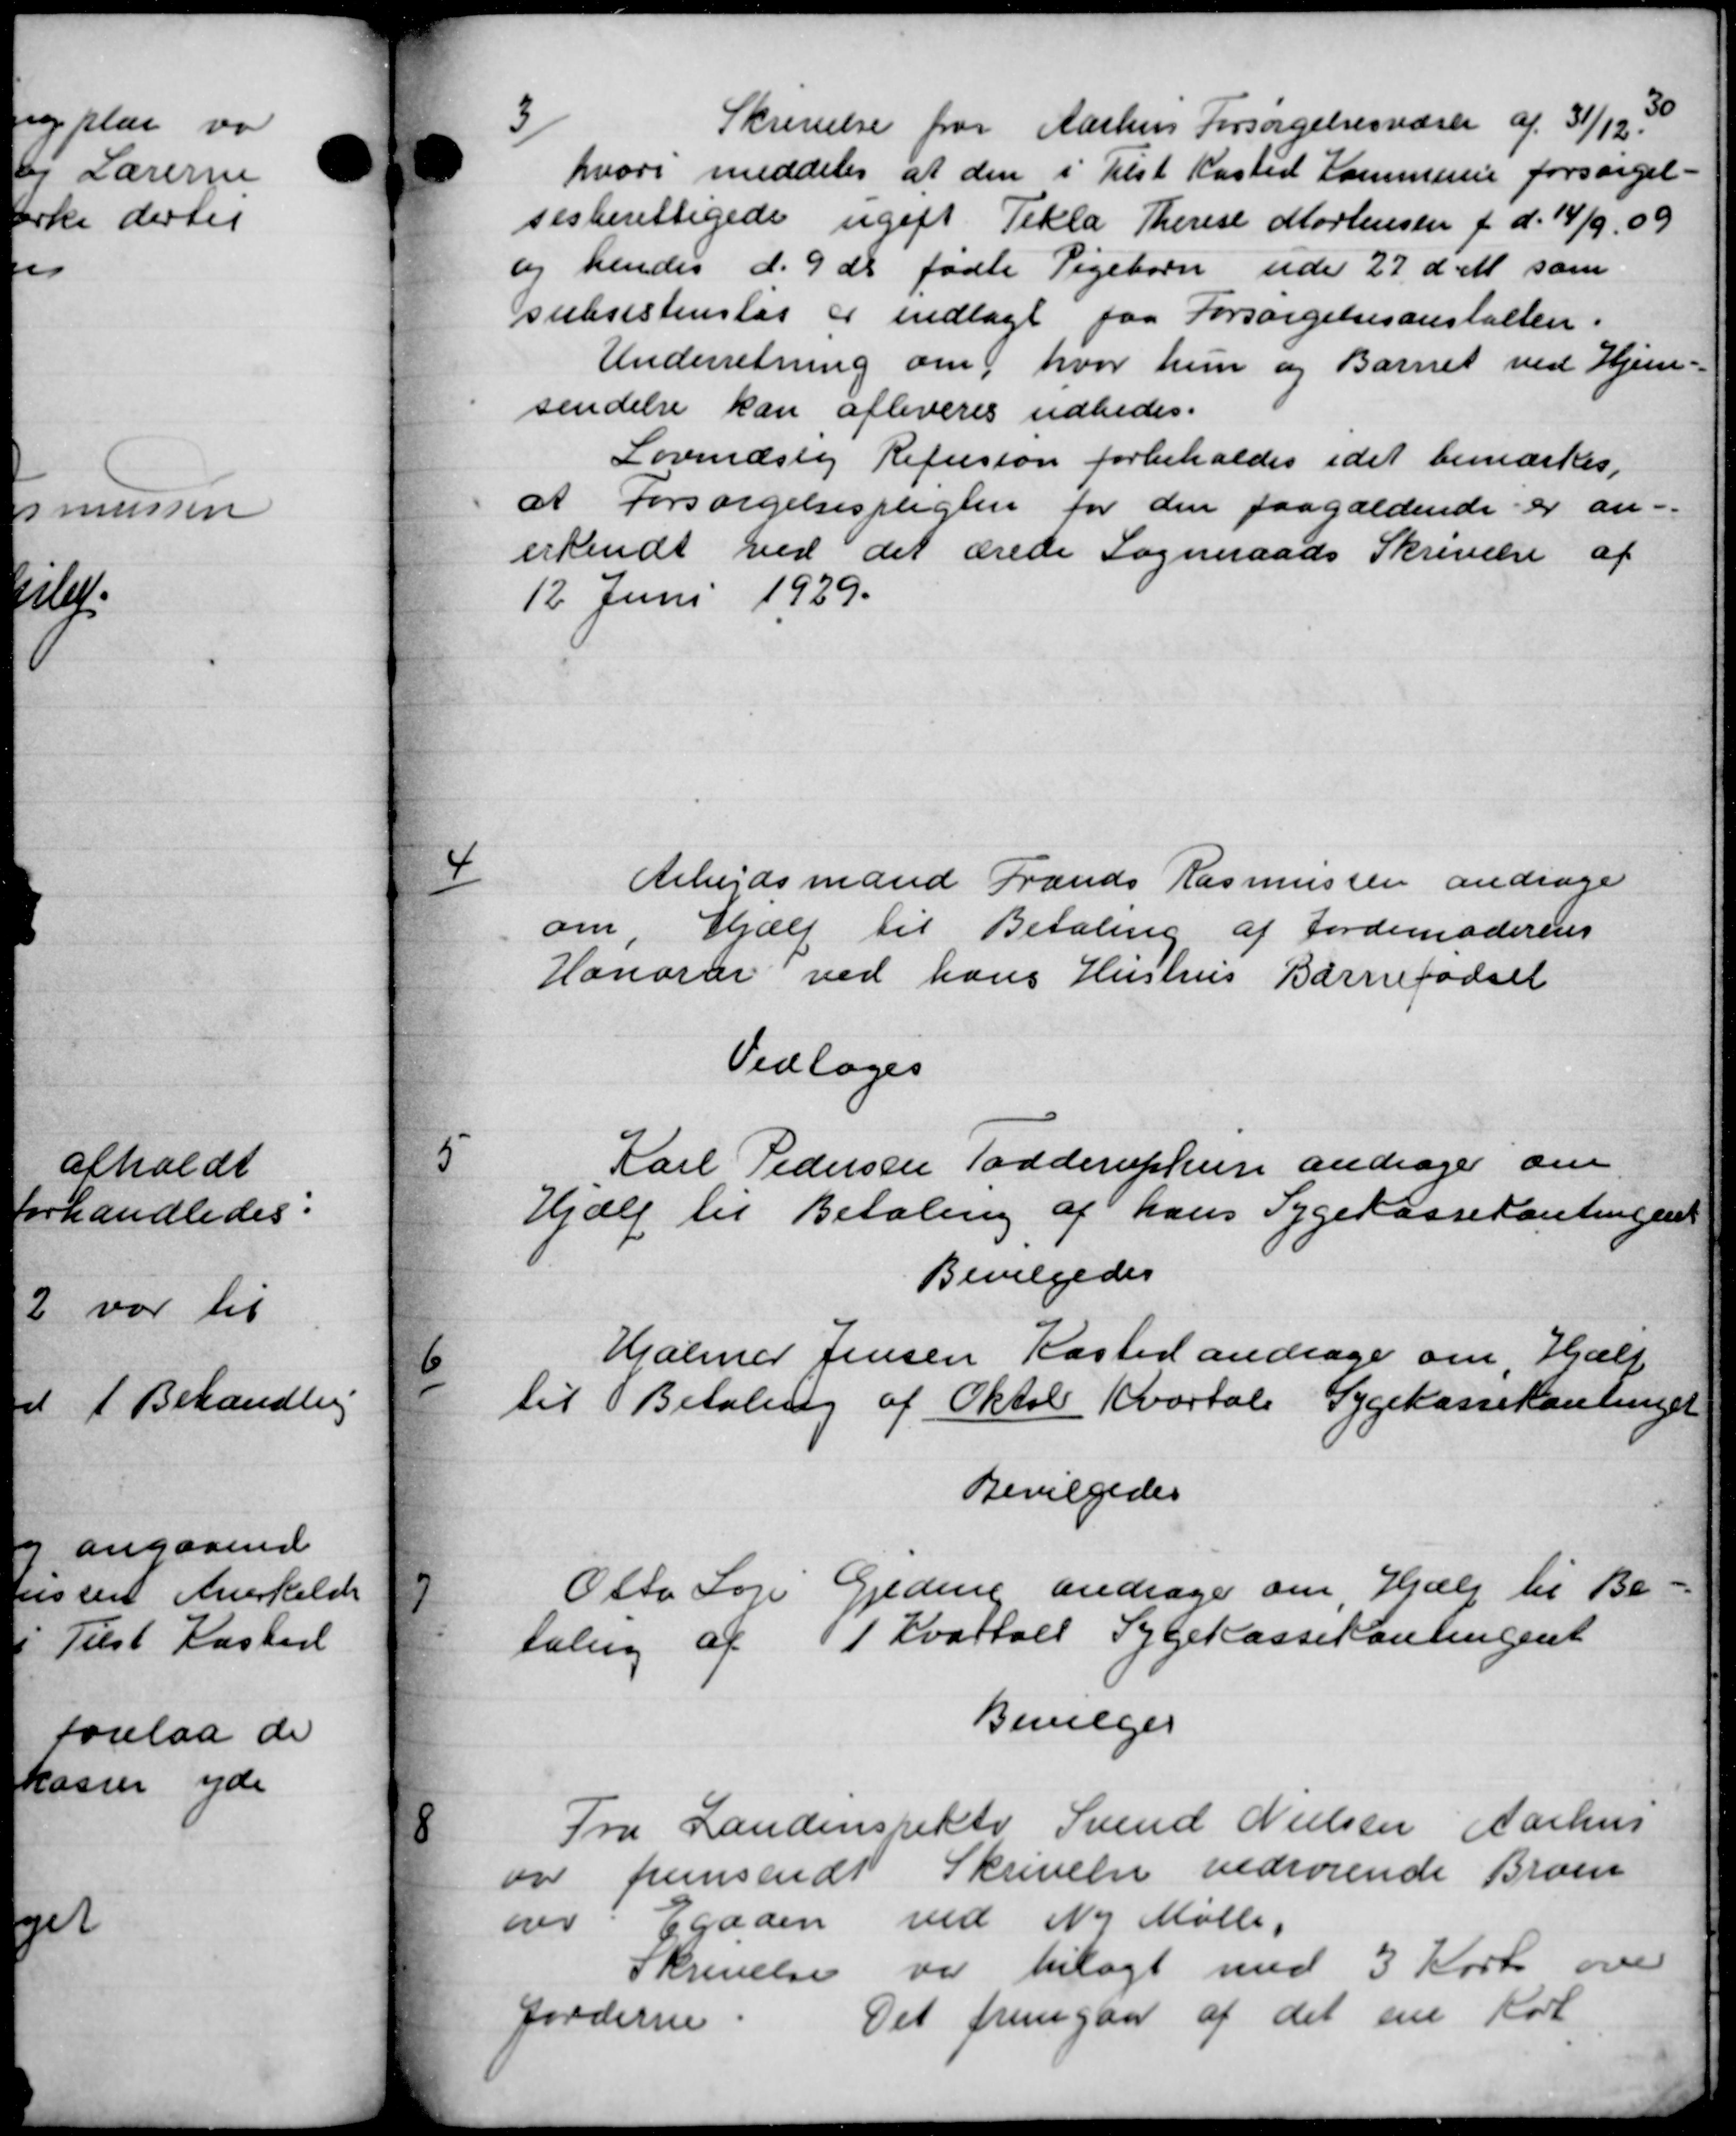
Transskription:
Skrivelse fra Aarhus Forsørgelsesvæsen af 31/12 30
hvori meddeler at den i Tilst Kasted Kommune forsørgel=
sesberettigede ugift Tekla Therese Mortensen f d. 14/9 09
og hendes d. 9 ds fødte Pigebørn uden 27 d M som
subsistensløs er indlagt paa Forsørgelsesanstalten.
Underretning om hvor hun og Barnet ved Hjem-
sendelse kan afleveres udbedes.
Lovindste Refusion forbeholdes idet bemærkes,
at Forsørgelsespligten for den paagældende er an-
erkendt ved det ærede Sogneraads Skrivelse af
12 Juni 1929.
4
Arbejdsmand Frands Rasmussen andrage
om, Hjælp til Betaling af Jordemoderens
Honorar ved hans Hustrus Barnefødsel
Vedtoges
5
Karl Pedersen Todderuphun andrager om
Hjælp til Betaling af hans Sygekassekontingen
Bevilgedes
6
Hjalmar Jensen Kasted andrage om Hjælp
til Betaling af Oktober Kvartale Sygekassekontinger
Bevilgedes
7
Otto Soge Geding andrager om Hjælp til Be-
taling af 1 Kvartalt Sygekassekontingent
Bevilges
8
Fra Landinspekte Svend Nielsen Aarhus
var fremsendt Skrivelse vedrørende Broen
over Egaden ved Ny Mølle,
Skrivelse var bilagt med 3 Kort over
Jorderne
Det fremgaa af det ene Kort